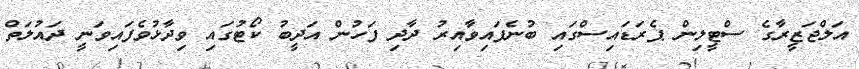
އަލްޖަޒީރާގެ ސްޓީލިން ޕެރަޑައިސްގައި ބުނެފައިވާއިރު ދާދި ފަހުން އަދީބު ކޯޓުގައި ވިދާޅުވެފައިވަނީ ދައުލަތް